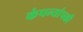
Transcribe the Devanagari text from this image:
कंपन्यांपकी